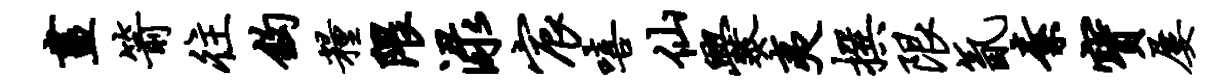
画箭往钩粮隈渌宸嘻仙爨夷撰限氤素宝屡